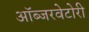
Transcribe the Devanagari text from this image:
ऑब्जरवेटोरी